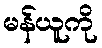
မန်ယူကို